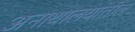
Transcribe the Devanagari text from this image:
अनाथालयांतील